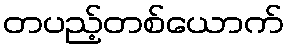
တပည့်တစ်ယောက်